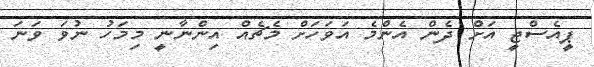
ޕީއެސްޖީ އަށް ދެން އެންމެ އަވަހަށް މެޗެއް އިންނާނީ މިމަހު ނުވަ ވަނަ